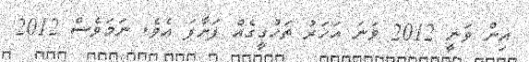
އިން ވަނީ 2012 ވަނަ އަހަރު ތަހުގީގެއް ފަށާފަ އެވެ. ނަމަވެސް 2012